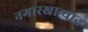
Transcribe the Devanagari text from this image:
नगारखान्यात